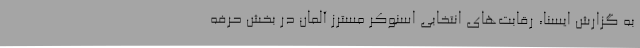
به گزارش ایسنا، رقابت‌های انتخابی اسنوکر مسترز آلمان در بخش حرفه‌